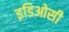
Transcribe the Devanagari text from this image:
इडिओसी